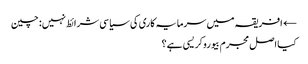
← افریقہ میں سرمایہ کاری کی سیاسی شرائط نہیں: چین
کیا اصل مجرم بیوروکریسی ہے؟